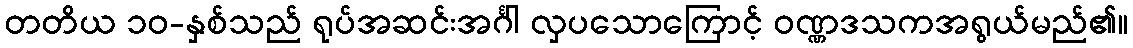
တတိယ ၁၀-နှစ်သည် ရုပ်အဆင်းအင်္ဂါ လှပသောကြောင့် ဝဏ္ဏဒသကအရွယ်မည်၏။